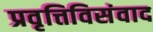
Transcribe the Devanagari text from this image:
प्रवृत्तिविसंवाद